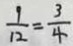
\frac { 9 } { 1 2 } = \frac { 3 } { 4 }